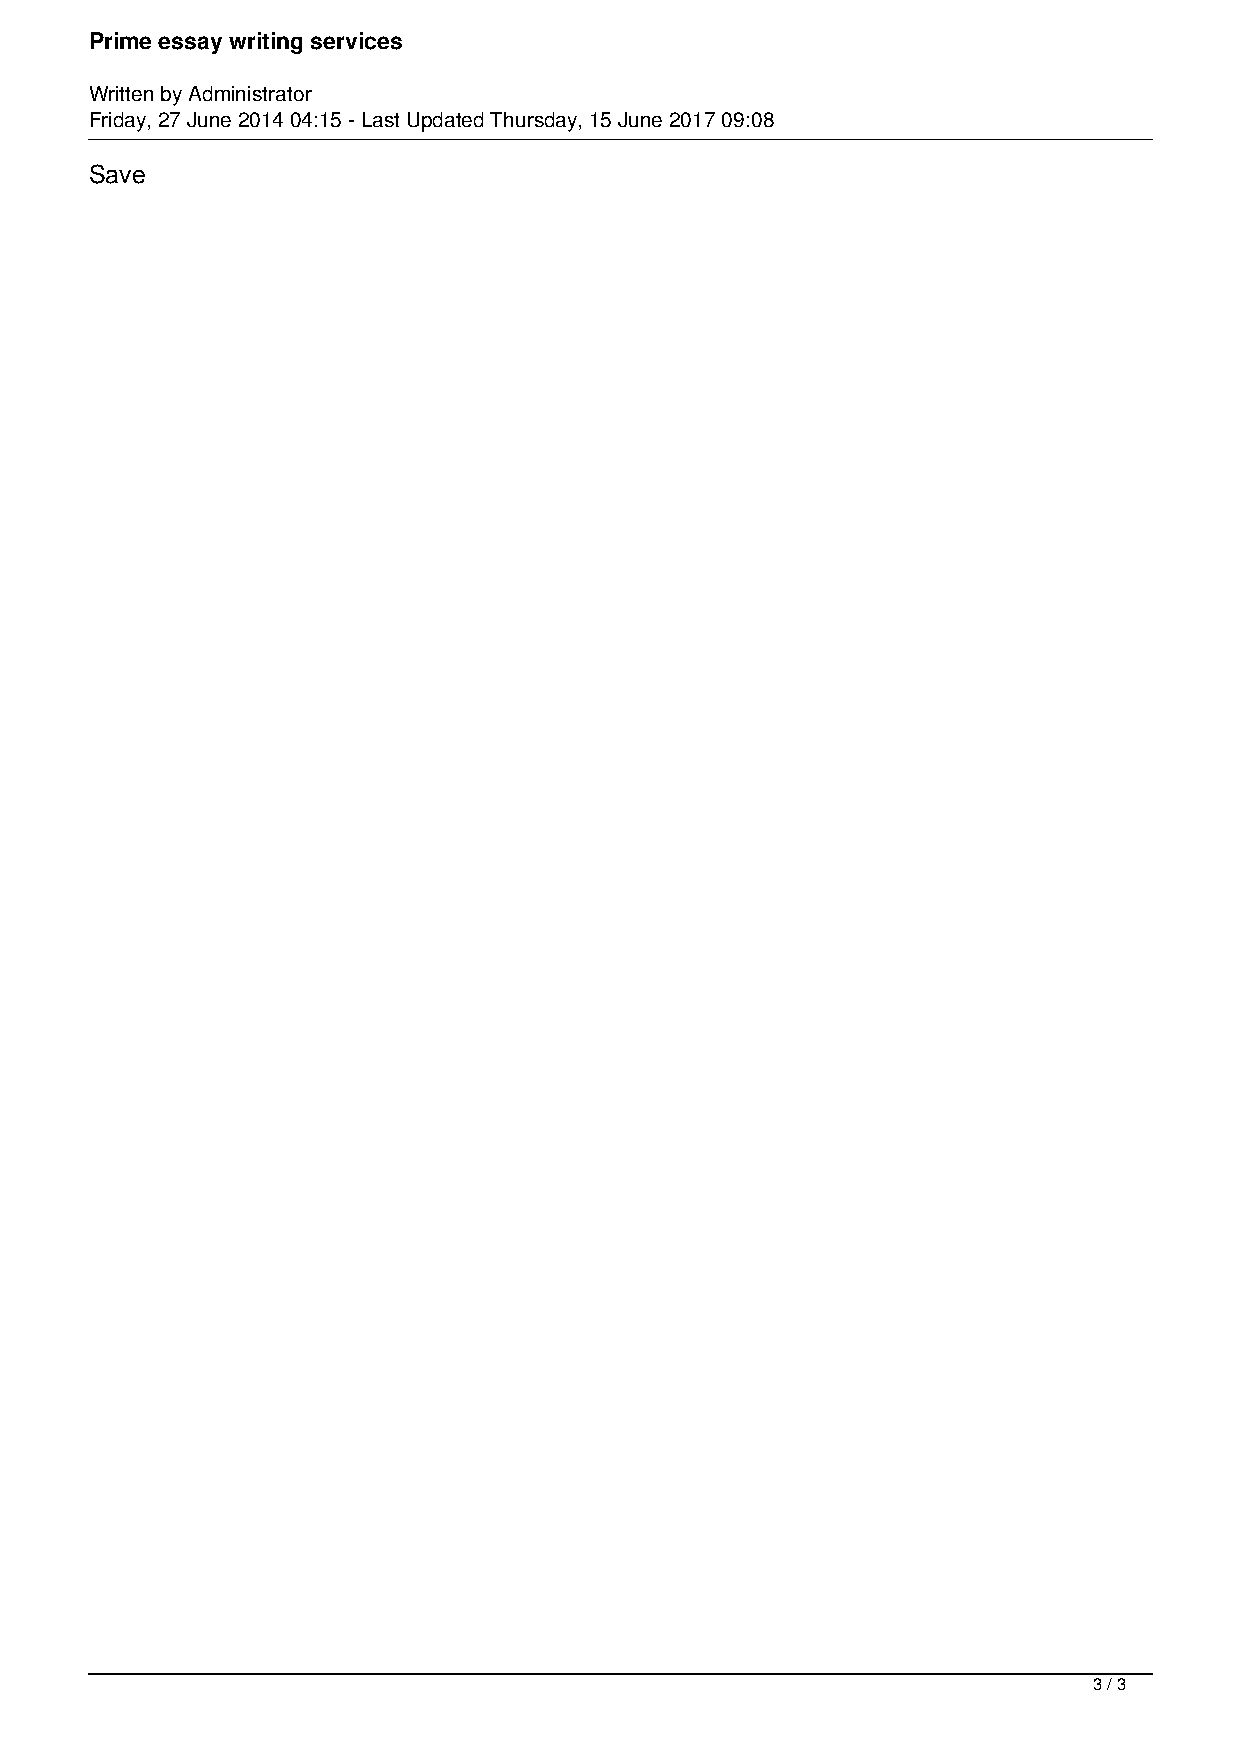
Prime essay writing services
 Written by Administrator
 Friday, 27 June 2014 04:15 - Last Updated Thursday, 15 June 2017 09:08
 Save
 3 / 3